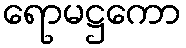
ရောမဋ္ဌကော